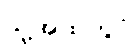
သူ့အထဲတွင်